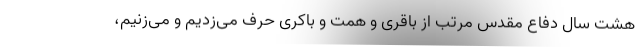
هشت سال دفاع مقدس مرتب از باقری و همت و باکری حرف می‌زدیم و می‌زنیم،